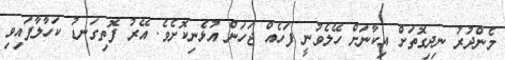
މެންދުރު ނިދިގޮތަށް އިކާނަށް ހޭލެވުނީ ފަހެއް ޖަހަން އުޅެނިކޮށެވެ. އޭރު ފޮތިގަނޑު ކަހާލާފައިވި